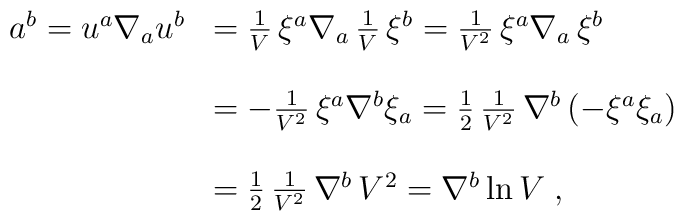
\begin{array}{ll}a^{b}=u^{a}\nabla_{a}u^{b}&={1\over V}\,\xi^{a}\nabla_{a}\,{1\over V}\,\xi^{b}={1\over V^2}\,\xi^{a}\nabla_{a}\,\xi^{b}\\\\&=-{1\over V^2}\,\xi^{a}\nabla^{b}\xi_{a}={1\over2}\,{1\over V^2}\,\nabla^{b}\left(-\xi^{a}\xi_{a}\right)\\\\&={1\over2}\,{1\over V^2}\,\nabla^{b}\,V^2=\nabla^{b}\ln V\;,\end{array}